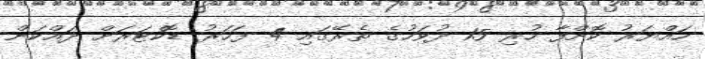
ހައްޔަރު ކޮށްފާ ހުރި 15 ދުވަހުގެ ތެރޭގައި 4 ފަހަރު ޑޮކްޓަރަށް ދައްކަން